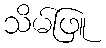
သိမ်ဖြူ